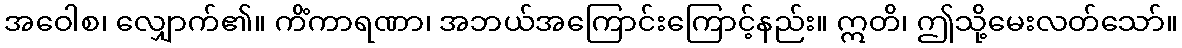
အဝေါစ၊ လျှောက်၏။ ကိံကာရဏာ၊ အဘယ်အကြောင်းကြောင့်နည်း။ ဣတိ၊ ဤသို့မေးလတ်သော်။